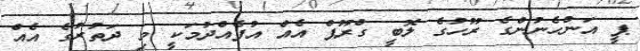
ޕީ އަންހެނުންގެ ރޫހުގެ ލޮބީ ގްރޫޕް އެއް އުފެއްދުމަކީ މި ދަތުރުގެ އެއް